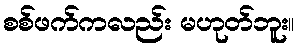
စစ်ဖက်ကလည်း မဟုတ်ဘူး။